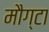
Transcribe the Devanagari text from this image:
मौग्टा